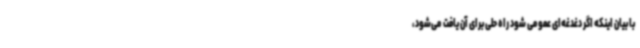
با بیان اینکه اگر دغدغه‌ای عمومی شود راه حلی برای آن یافت می‌شود،